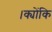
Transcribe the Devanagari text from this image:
।क्योंकि